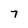
Character: 7